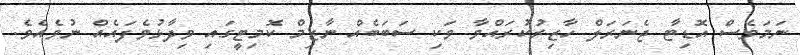
ނަމަވެސް އޮޑިޓާ ޖެނަރަލް ހާޒިރުކުރައްވާ ވަކި ސަބަބެއް ނާޒިމް ކޮމިޓީގައި ވިދާޅުވެފައެއް ނުވެއެވެ.